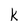
Character: k